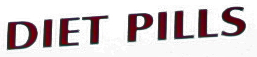
DIET PILLS